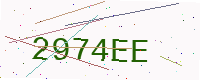
Text: 2974EE